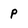
Character: p